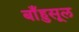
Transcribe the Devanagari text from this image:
बाँहुसूल